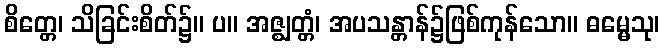
စိတ္တေ၊ သိခြင်းစိတ်၌။ ပ။ အဇ္ဈတ္တံ၊ အပသန္တာန်၌ဖြစ်ကုန်သော။ ဓမ္မေသု၊